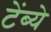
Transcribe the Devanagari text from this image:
टेंब्ये